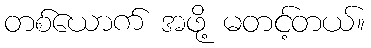
တစ်ယောက် အဖို့ မတင့်တယ်။